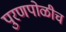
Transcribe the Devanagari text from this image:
पुरणपोळीच